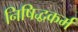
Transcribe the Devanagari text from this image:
निषिद्धकर्म